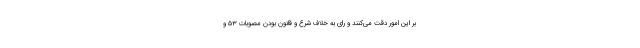
بر این امور دقت می‌کنند و رای به خلاف شرع و قانون بودن مصوبات ۵۳ و